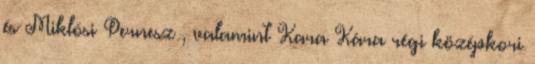
és Miklósi Pernesz , valamint Kara Kára régi középkori